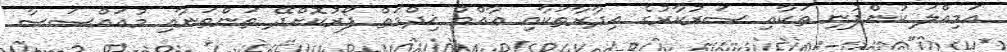
އަމިއްލަ ކުންފުނި ތަކާއި ސަރުކާރުގެ އިދާރާތަކާއި ޢާއްމު ޚިދްމަތް ފޯރުކޮށްދޭ ތަންތަނާއި މުއައްސަސާ